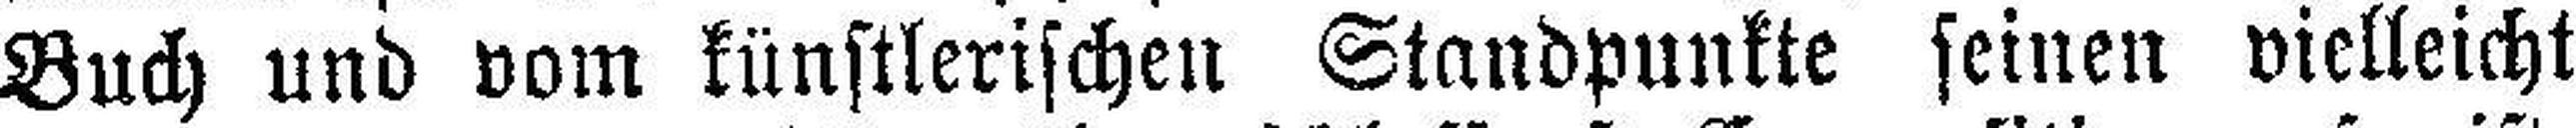
Buch und vom künstlerischen Standpunkte seinen vielleicht